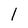
Character: 1